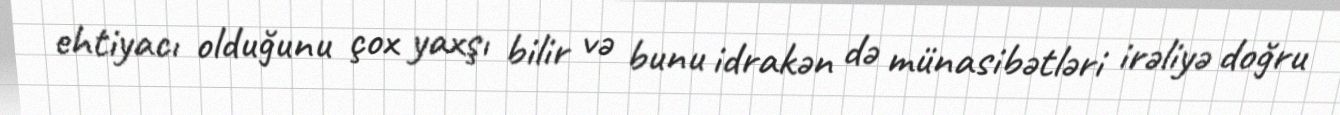
ehtiyacı olduğunu çox yaxşı bilir və bunu idrakən də münasibətləri irəliyə doğru